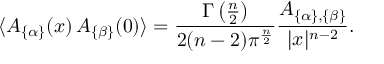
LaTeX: \langle A _ { \{ \alpha \} } ( x ) \, A _ { \{ \beta \} } ( 0 ) \rangle = { \frac { \Gamma \left( { \frac { n } { 2 } } \right) } { 2 ( n - 2 ) \pi ^ { \frac { n } { 2 } } } } { \frac { { \cal A } _ { \{ \alpha \} , \{ \beta \} } } { | x | ^ { n - 2 } } } .